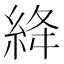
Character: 絳